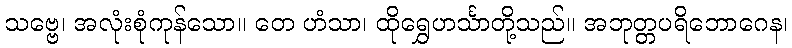
သဗ္ဗေ၊ အလုံးစုံကုန်သော။ တေ ဟံသာ၊ ထိုရွှေဟင်္သာတို့သည်။ အဘုတ္တပရိဘောဂေန၊